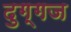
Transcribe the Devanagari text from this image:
दुग्गज